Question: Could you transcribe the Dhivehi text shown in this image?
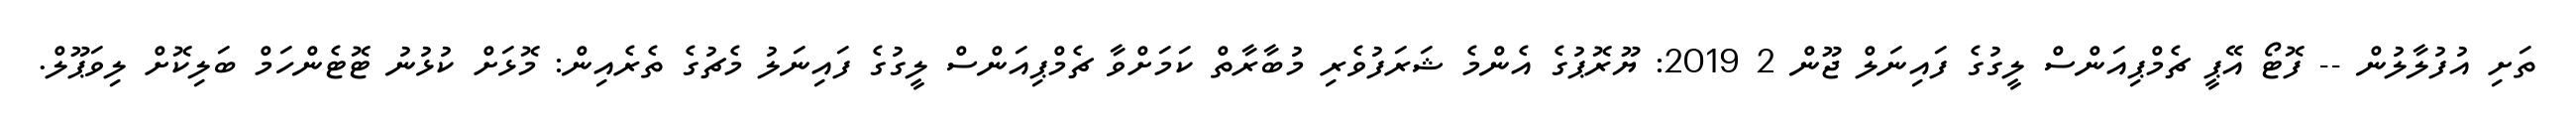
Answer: ތަށި އުފުލާލުން -- ފޮޓޯ އޭޕީ ޗެމްޕިއަންސް ލީގުގެ ފައިނަލް ޖޫން 2 2019: ޔޫރޮޕުގެ އެންމެ ޝަރަފުވެރި މުބާރާތް ކަމަށްވާ ޗެމްޕިއަންސް ލީގުގެ ފައިނަލު މެޗުގެ ތެރެއިން: މޮޅަށް ކުޅުނު ޓޮޓެންހަމް ބަލިކޮށް ލިވަޕޫލް.